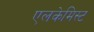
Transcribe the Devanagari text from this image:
एलकेमिस्ट